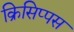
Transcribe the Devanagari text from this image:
क्रिसिप्पस